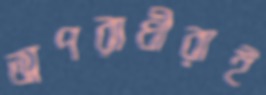
অপরাধীরাই